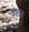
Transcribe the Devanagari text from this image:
वंशजः